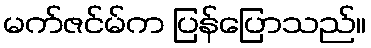
မက်ဇင်မ်က ပြန်ပြောသည်။